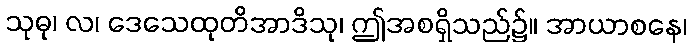
သုဓု၊ လ၊ ဒေသေထုတိအာဒိသု၊ ဤအစရှိသည်၌။ အာယာစနေ၊